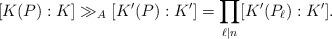
LaTeX: \begin{align*}[K(P):K] \gg_A [K'(P) : K'] = \prod_{\ell|n} [K'(P_\ell) : K'].\end{align*}